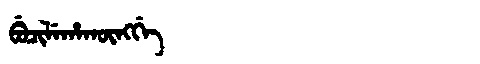
Manchu: ᠪᡠᠴᡳᠯᡝᡥᠠᡴᡡᠩᡤᡝ
Romanization: BUCILEHAKŪNGGE